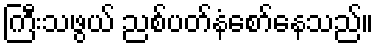
ကြီးသဖွယ် ညစ်ပတ်နံစော်နေသည်။